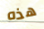
هذه